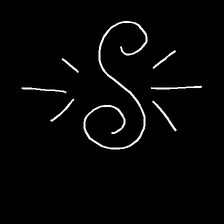
Glyph: wind-directs-air